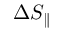
\Delta S _ { \parallel }